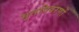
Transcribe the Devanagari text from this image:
मृतविवरणों